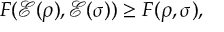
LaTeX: F ( { \mathcal { E } } ( \rho ) , { \mathcal { E } } ( \sigma ) ) \geq F ( \rho , \sigma ) ,